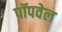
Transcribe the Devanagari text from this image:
पॉपवेल